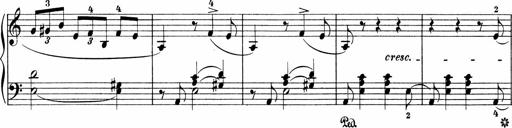
Title: Sonatinen Op.47, 98 und 136, nebst 6 Liedersonatinen
Composer: Carl Reinecke